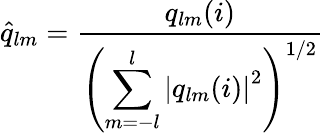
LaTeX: \hat{q}_{lm}=\frac{q_{lm}(i)}{\left(\displaystyle\sum_{m=-l}^{l}\left|q_{lm}(i)\right|^{2}\right)^{1/2}}